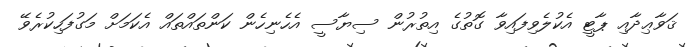
ޤަވާޢިދާއި ޕާޓީ އެކުލެވިފައިވާ ގޮތުގެ އިތުރުން ސިޔާސީ އެހެނިހެން ކަންތައްތައް އެކަމަށް މަގުފަހިކުރެވޭ